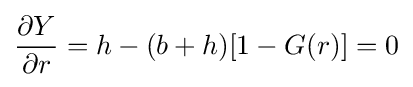
{\frac {\partial Y}{\partial r}}=h-(b+h)[1-G(r)]=0